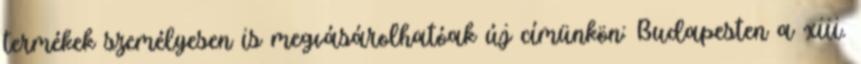
termékek személyesen is megvásárolhatóak új címünkön: Budapesten a xiii.